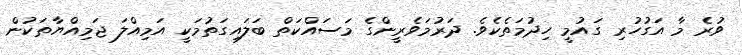
ވުރެ މާ އަގުހުރި ގައުމީ ހިދުމަތެކެވެ. ދަރުމަވެރީންގެ މަސައްކަތް ބަލައިގަތުމަކީ އަމިއްލަ ޖަމިއްޔާތަކުން